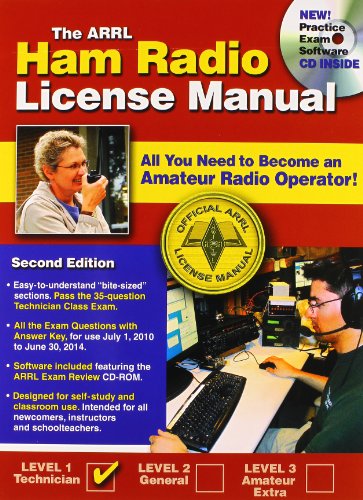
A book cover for Ham Radio License Manual with CD (Arrl Ham Radio License Manual); Humor & Entertainment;